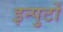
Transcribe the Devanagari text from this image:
इन्पुटों